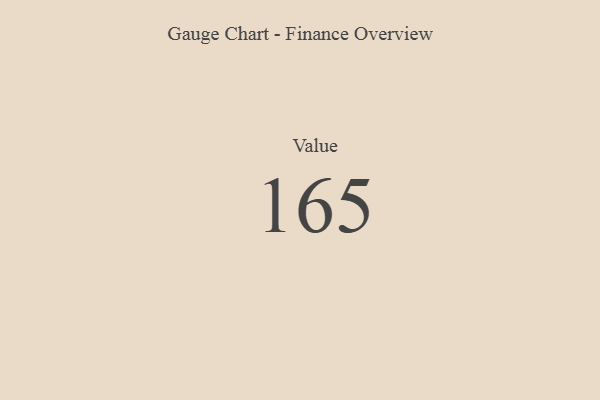
{"axis": {"x": "Metric", "y": "Value"}, "legend": [""], "data": [{"x": "Value", "y": 165, "type": ""}]}